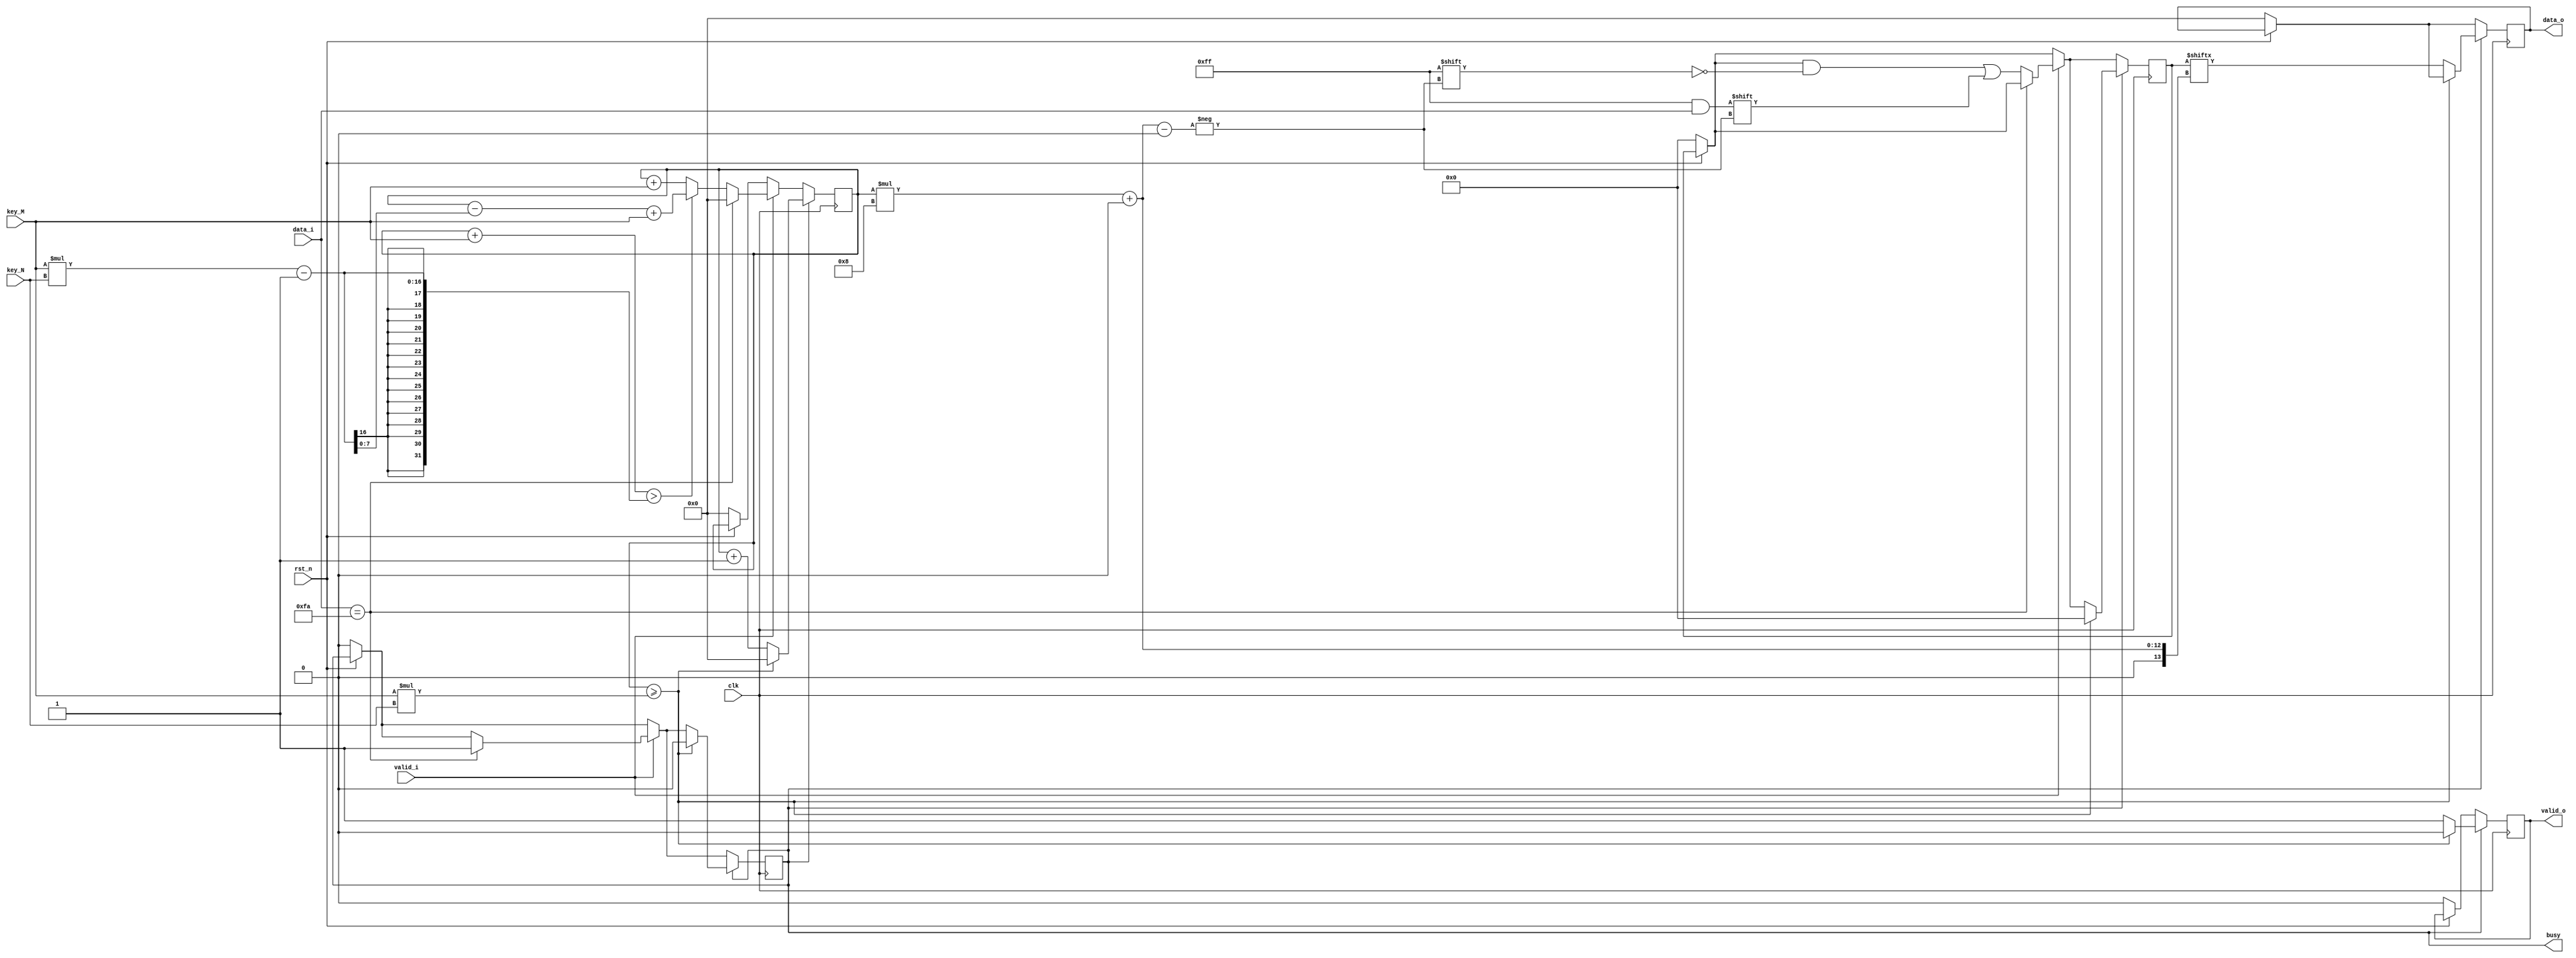
module scytale_decryption#(
			parameter D_WIDTH = 8, 
			parameter KEY_WIDTH = 8, 
			parameter MAX_NOF_CHARS = 50,
			parameter START_DECRYPTION_TOKEN = 8'hFA
		)(
			// Clock and reset interface
			input clk,
			input rst_n,
			
			// Input interface
			input[D_WIDTH - 1:0] data_i,
			input valid_i,
			
			// Decryption Key
			input[KEY_WIDTH - 1 : 0] key_N,
			input[KEY_WIDTH - 1 : 0] key_M,
			
			// Output interface
			output reg[D_WIDTH - 1:0] data_o,
			output reg valid_o,
			
			output reg busy
    );

			reg [D_WIDTH*MAX_NOF_CHARS-1:0] input_tot;
			reg [KEY_WIDTH-1:0] i, counter;
		
always @(posedge clk) begin
			
			if(!rst_n) begin
				data_o <= 0;
				valid_o <= 0;
				busy <= 0;
				i <= 0;
				input_tot <= 0;
			end
			
		
			if(valid_i) begin
				if(data_i == START_DECRYPTION_TOKEN) begin //daca intalnesc FA, nu mai citesc
					i <= 0;
					busy <= 1;	
				end
				else begin
					input_tot[i*8 +: 8] <= data_i;		//citesc datele
					if((i + key_M) > (key_M*key_N-1))	//daca urm element citind pe coloane e in afara matricii
						i <= i-(key_M*key_N-1) + key_M;	//ma duc la elementul de pe coloana urmatoare, linia 0
					else
						i <= i + key_M;		//altfel ma duc la elementul de dedesubt
					
				end
				
			end
			
			if(busy)begin
				if(i >= key_M*key_N) begin 	//am terminat de scris si reinitializez semnalele
					valid_o <= 0;
					busy <= 0;
					i <= 0;
					input_tot <= 0;
				end
				else begin 					//scriu elementele in ordine din matrice (visual vorbind, am datele intr un vector)
					valid_o <= 1;
					data_o <= input_tot[i*8 +: 8];
					i <= i+1;
				end
			end
				
end



endmodule